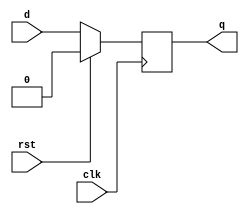
module DFF_with_reset (
    input wire clk,               // clock signal
    input wire rst,               // synchronous reset signal (active high)
    input wire d,                 // data input
    output reg q                 // output
);

always @(posedge clk) begin
    if (rst) begin
        q <= 1'b0;               // reset output to 0 when reset signal is asserted
    end else begin
        q <= d;                  // update output with input data on rising edge of clock
    end
end

endmodule